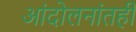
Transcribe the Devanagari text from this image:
आंदोलनांतही